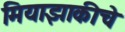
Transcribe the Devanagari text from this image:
मियाझाकीचे